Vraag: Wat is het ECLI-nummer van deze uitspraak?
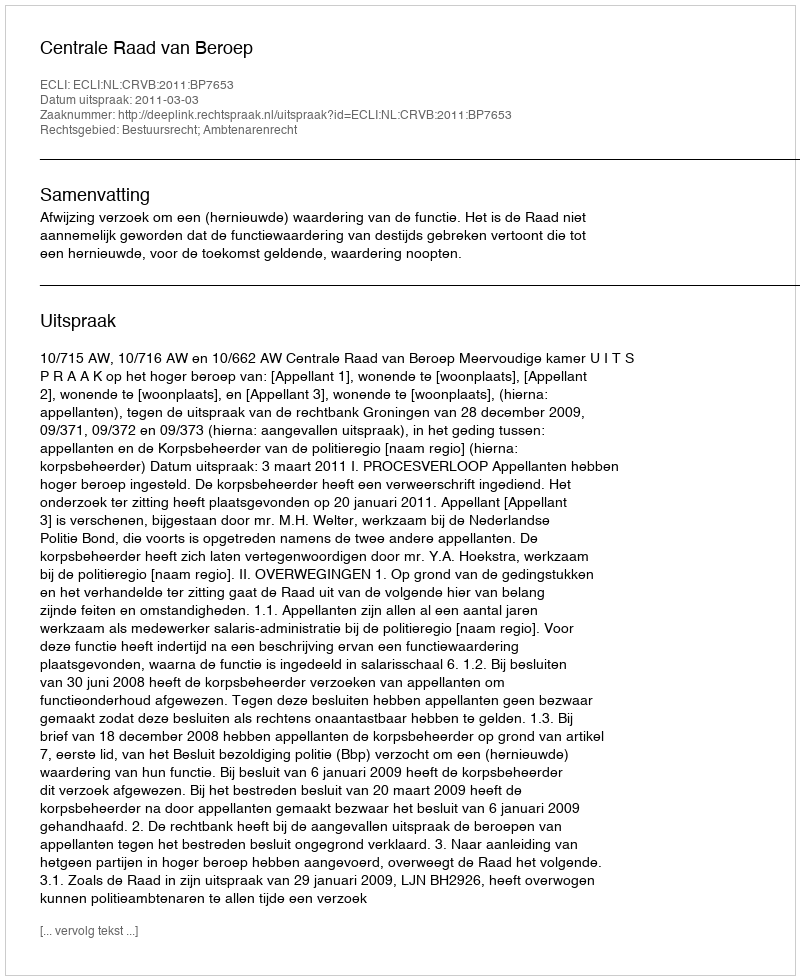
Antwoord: ECLI:NL:CRVB:2011:BP7653